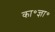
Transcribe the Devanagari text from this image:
का॰ज्ञा॰